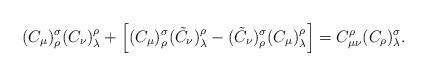
LaTeX: \begin{align*}(C_{\mu})^{\sigma}_{\rho} (C_{\nu})^{\rho}_{\lambda} + \Big[(C_{\mu})^{\sigma}_{\rho} (\tilde{C}_{\nu})^{\rho}_{\lambda} -(\tilde{C}_{\nu})^{\sigma}_{\rho} (C_{\mu})^{\rho}_{\lambda} \Big]= C_{\mu \nu}^{\rho} (C_{\rho})^{\sigma}_{\lambda}.\end{align*}